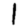
Digit: 1